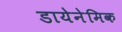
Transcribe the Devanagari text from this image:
डायेनेमिक